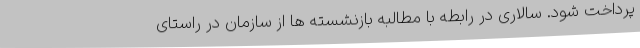
پرداخت شود. سالاری در رابطه با مطالبه بازنشسته ها از سازمان در راستای